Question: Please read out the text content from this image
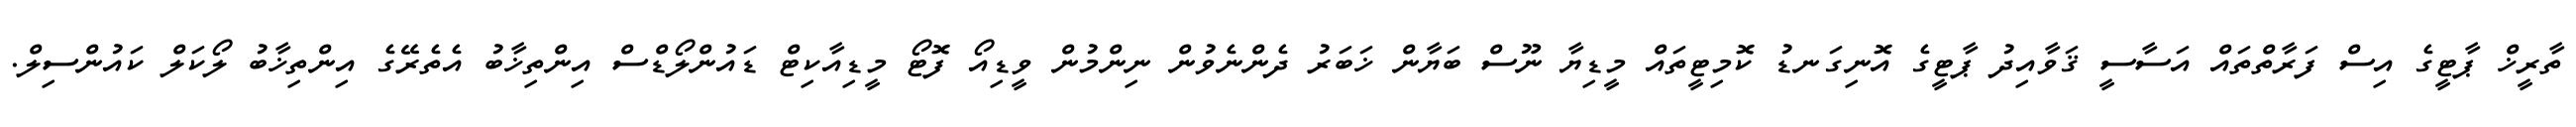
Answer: ތާރީޚް ޕާޓީގެ އިސް ފަރާތްތައް އަސާސީ ޤަވާއިދު ޕާޓީގެ އޮނިގަނޑު ކޮމިޓީތައް މީޑިޔާ ނޫސް ބަޔާން ޚަބަރު ދެންނެވުން ނިންމުން ވީޑިއޯ ފޮޓޯ މީޑިއާކިޓް ޑައުންލޯޑްސް އިންތިޚާބު އެތެރޭގެ އިންތިޚާބު ލޯކަލް ކައުންސިލް.